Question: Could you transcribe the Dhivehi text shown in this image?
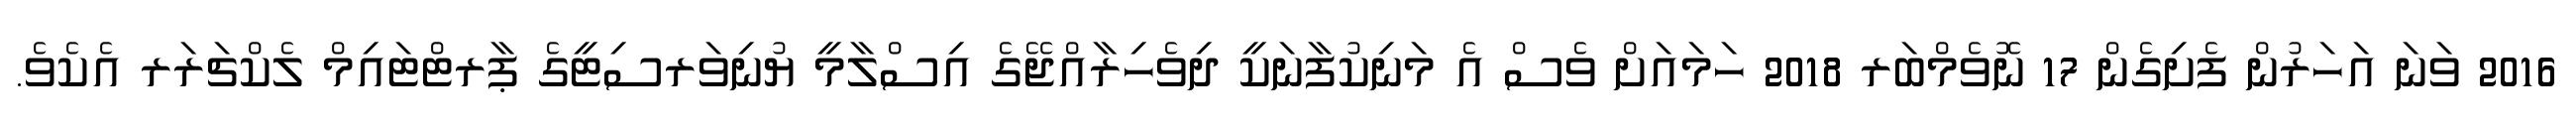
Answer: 2016 ވަނަ އަހަރުން ފެށިގެން 17 ނޮވެމްބަރ 2018 ހަމައަށް ވެސް އެ މަނިކުފާނަކީ ދިވެހިރާއްޖޭގެ އިސްލާމީ ޔުނިވަރސިޓީގެ ޕާރޓްޓައިމް ލެކްޗަރަރ އެކެވެ.